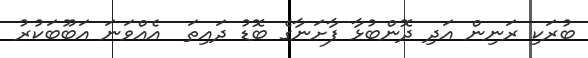
ބުރަކި ރަނިން އަދި ދޮންބުޅާ ފާށަނާގެ ބޮޑު ދައިތަ  އެއްވަނަ އަބޫބަކުރު